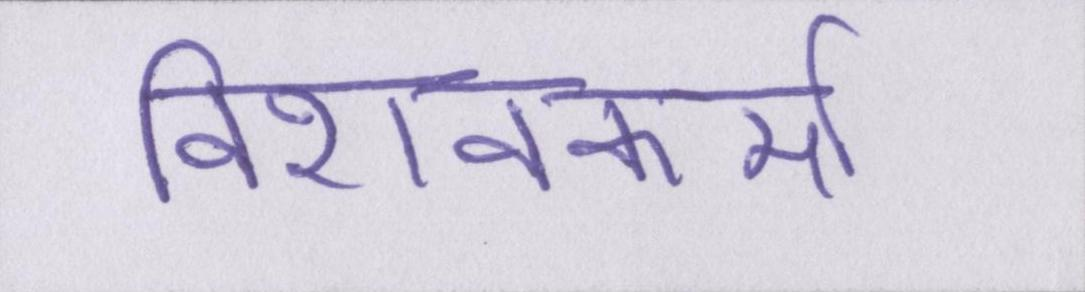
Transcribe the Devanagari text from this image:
विशवकर्मा